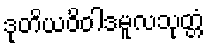
ဒုတိယဝိဝါဒမူလသုတ္တံ